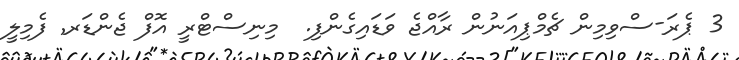
3 ޕެރަ-ސްވިމިން ޗެމްޕިއަނުން ރާއްޖެ ވަޑައިގެންފި.  މިނިސްޓްރީ އޮފް ޖެންޑަރ